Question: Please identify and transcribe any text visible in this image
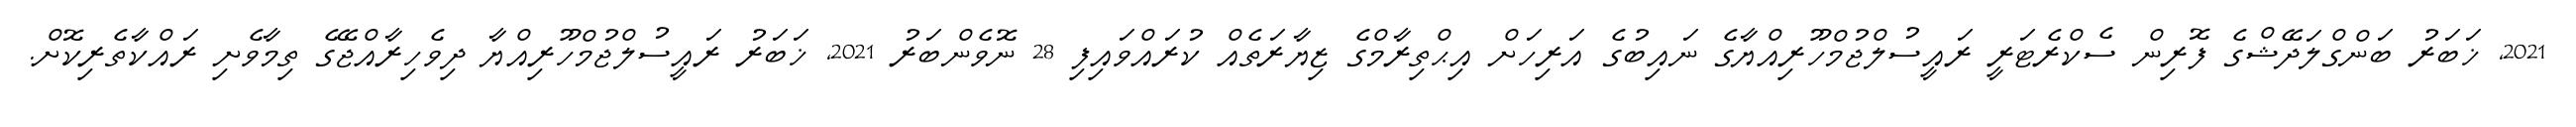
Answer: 2021, ޚަބަރު ބަންގްލަދޭޝްގެ ފޮރިން ސެކްރެޓަރީ ރައީސުލްޖުމްހޫރިއްޔާގެ ނައިބުގެ އަރިހަށް އިޙްތިރާމްގެ ޒިޔާރަތެއް ކުރައްވައިފި 28 ނޮވެންބަރު 2021, ޚަބަރު ރައީސުލްޖުމްހޫރިއްޔާ ދިވެހިރާއްޖޭގެ ތިމާވެށި ރައްކާތެރިކޮށް.